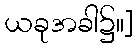
ယခုအခါ၌။]